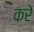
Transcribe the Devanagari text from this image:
करेे